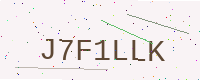
Text: J7F1LLK